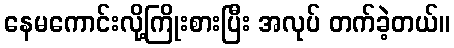
နေမကောင်းလို့ကြိုးစားပြီး အလုပ် တက်ခဲ့တယ်။